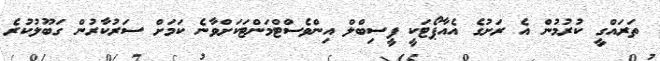
ތަރައްގީ ކުރުމުން އެ ރަށުގެ އެއާޕޯޓަކީ ފީސިބްލް އިންވެސްޓްމަންޓަކަށްވާނެ ކަމަށް ސަރުކާރުން ގަބޫލުކުރެ